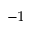
^ { - 1 }